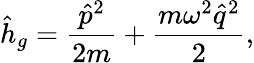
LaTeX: \hat{h}_{g}=\frac{\hat{p}^{2}}{2m}+\frac{m\omega^{2}\hat{q}^{2}}{2},